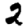
Digit: 2